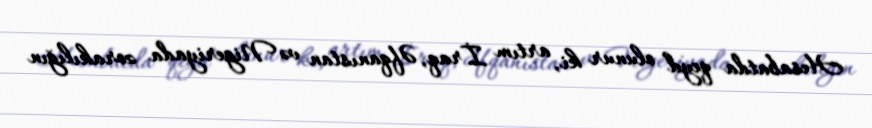
Hesabatda qeyd olunur ki, artım İraq, Əfqanıstan və Nigeriyada zorakılığın